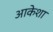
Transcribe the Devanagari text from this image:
आकेशा